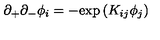
\partial _ { + } \partial _ { - } \phi _ { i } = - { \exp { ( K _ { i j } \phi _ { j } ) } }